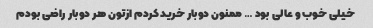
خیلی خوب و عالی بود … ممنون دوبار خرید کردم ازتون هر دوبار راضی بودم